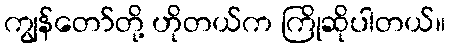
ကျွန်တော်တို့ ဟိုတယ်က ကြိုဆိုပါတယ်။